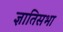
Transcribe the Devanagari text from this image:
ज्ञातिसभा